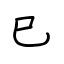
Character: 巳